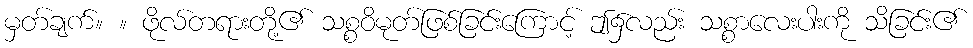
မှတ်ချက်။ ။ ဖိုလ်တရားတို့၏ သစ္စဝိမုတ်ဖြစ်ခြင်းကြောင့် ဤ၌လည်း သစ္စာလေးပါးကို သိခြင်း၏